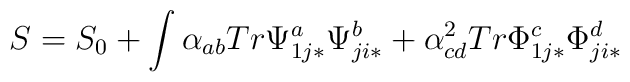
S = S_0 + \int \alpha_{ab} Tr \Psi^a_{1j*}\Psi^b_{ji*} + \alpha_{cd}^2 Tr \Phi^c_{1j*}\Phi^d_{ji*}